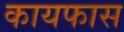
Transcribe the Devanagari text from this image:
कायफास